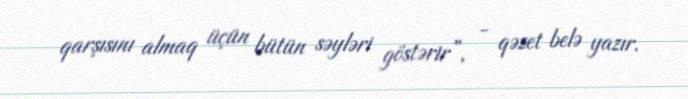
qarşısını almaq üçün bütün səyləri göstərir”, - qəzet belə yazır.